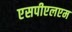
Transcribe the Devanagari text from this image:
एसपीएलएम